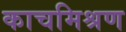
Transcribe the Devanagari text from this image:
काचमिश्रण